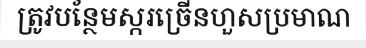
ត្រូវបន្ថែមស្ករច្រើនហួសប្រមាណ